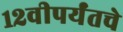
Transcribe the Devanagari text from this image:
१२वीपर्यंतचे